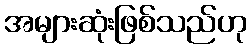
အများဆုံးဖြစ်သည်ဟု